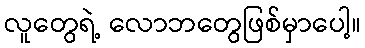
လူတွေရဲ့ လောဘတွေဖြစ်မှာပေါ့။